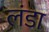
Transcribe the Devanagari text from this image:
लंडा